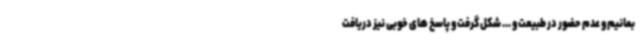
بمانیم و عدم حضور در طبیعت و ... شکل گرفت و پاسخ های خوبی نیز دریافت